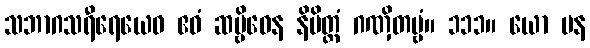
သဘာဂသရီရေယေဝ ဧဝံ ဆဗ္ဗိဓေန နိမိတ္တံ ဂဏှိတဗ္ဗံ။ ၁၁၁။ ယော ပန